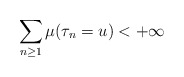
\begin{align*}\sum_{n \geq 1} \mu(\tau_n=u) < +\infty\end{align*}